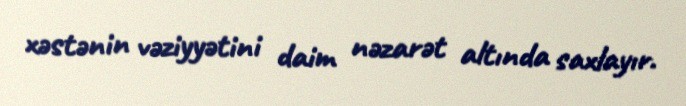
xəstənin vəziyyətini daim nəzarət altında saxlayır.